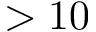
> 1 0